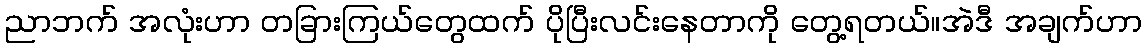
ညာဘက် အလုံးဟာ တခြားကြယ်တွေထက် ပိုပြီးလင်းနေတာကို တွေ့ရတယ်။အဲဒီ အချက်ဟာ